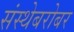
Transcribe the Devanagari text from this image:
संस्थेबरोबर